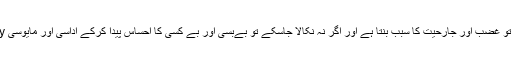
غصہ اگر نکالا جا سکے تو غضب اور جارحیت کا سبب بنتا ہے اور اگر نہ نکالا جاسکے تو بےبسی اور بے کسی کا احساس پیدا کرکے اداسی اور مایوسی Apathy کا سبب بنتا ہے۔